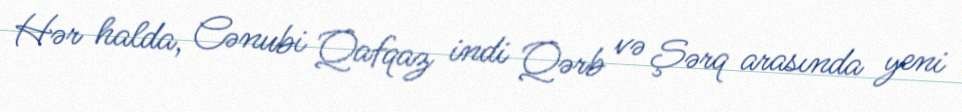
Hər halda, Cənubi Qafqaz indi Qərb və Şərq arasında yeni